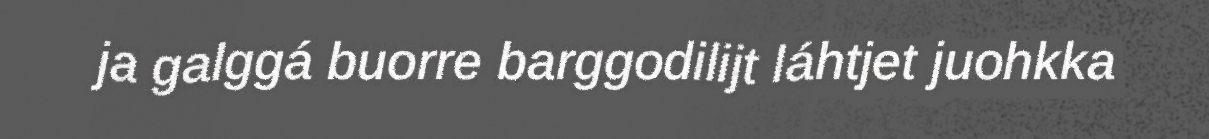
ja galggá buorre barggodilijt láhtjet juohkka